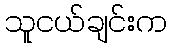
သူငယ်ချင်းက